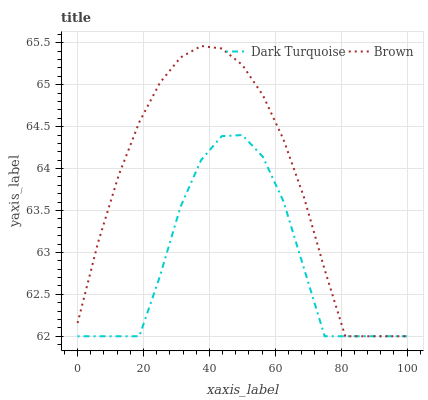
| xaxis_label | Dark Turquoise | Brown |
 | --- | --- | --- |
 | 0 | 62 | 62.2 |
 | 6.25 | 62 | 63.1 |
 | 12.5 | 62 | 63.9 |
 | 18.8 | 62 | 64.6 |
 | 25 | 62.7 | 65 |
 | 31.2 | 63.5 | 65.3 |
 | 37.5 | 64.1 | 65.5 |
 | 43.8 | 64.4 | 65.4 |
 | 50 | 64.4 | 65.2 |
 | 56.2 | 64.1 | 64.9 |
 | 62.5 | 63.6 | 64.3 |
 | 68.8 | 62.8 | 63.7 |
 | 75 | 62 | 62.8 |
 | 81.2 | 62 | 62 |
 | 87.5 | 62 | 62 |
 | 93.8 | 62 | 62 |
 | 100 | 62 | 62 |